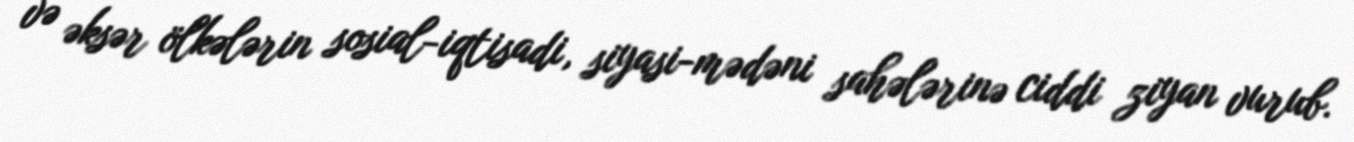
və əksər ölkələrin sosial-iqtisadi, siyasi-mədəni sahələrinə ciddi ziyan vurub.